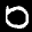
Label: 0